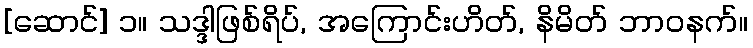
[ဆောင်] ၁။ သဒ္ဒါဖြစ်ရိပ်, အကြောင်းဟိတ်, နိမိတ် ဘာဝနက်။